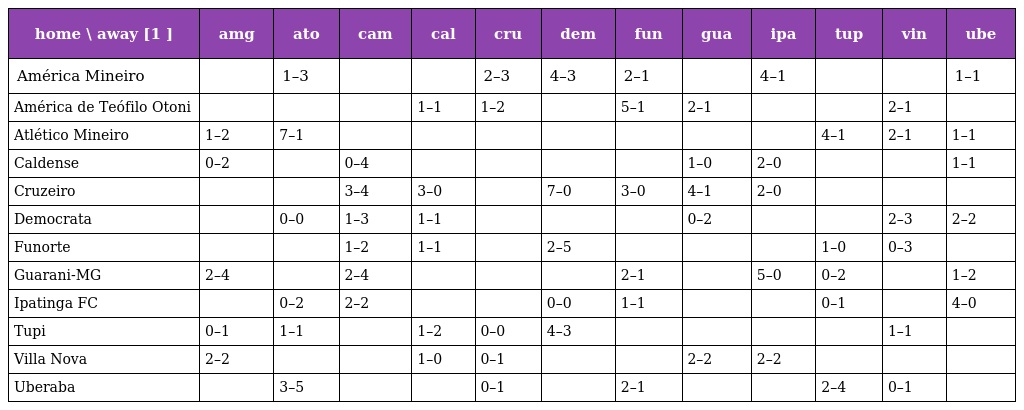
| home \ away [1 ] | amg | ato | cam | cal | cru | dem | fun | gua | ipa | tup | vin | ube |
 | --- | --- | --- | --- | --- | --- | --- | --- | --- | --- | --- | --- | --- |
 | América Mineiro |  | 1–3 |  |  | 2–3 | 4–3 | 2–1 |  | 4–1 |  |  | 1–1 |
 | América de Teófilo Otoni |  |  |  | 1–1 | 1–2 |  | 5–1 | 2–1 |  |  | 2–1 |  |
 | Atlético Mineiro | 1–2 | 7–1 |  |  |  |  |  |  |  | 4–1 | 2–1 | 1–1 |
 | Caldense | 0–2 |  | 0–4 |  |  |  |  | 1–0 | 2–0 |  |  | 1–1 |
 | Cruzeiro |  |  | 3–4 | 3–0 |  | 7–0 | 3–0 | 4–1 | 2–0 |  |  |  |
 | Democrata |  | 0–0 | 1–3 | 1–1 |  |  |  | 0–2 |  |  | 2–3 | 2–2 |
 | Funorte |  |  | 1–2 | 1–1 |  | 2–5 |  |  |  | 1–0 | 0–3 |  |
 | Guarani-MG | 2–4 |  | 2–4 |  |  |  | 2–1 |  | 5–0 | 0–2 |  | 1–2 |
 | Ipatinga FC |  | 0–2 | 2–2 |  |  | 0–0 | 1–1 |  |  | 0–1 |  | 4–0 |
 | Tupi | 0–1 | 1–1 |  | 1–2 | 0–0 | 4–3 |  |  |  |  | 1–1 |  |
 | Villa Nova | 2–2 |  |  | 1–0 | 0–1 |  |  | 2–2 | 2–2 |  |  |  |
 | Uberaba |  | 3–5 |  |  | 0–1 |  | 2–1 |  |  | 2–4 | 0–1 |  |